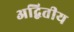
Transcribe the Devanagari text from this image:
अद्बितीय